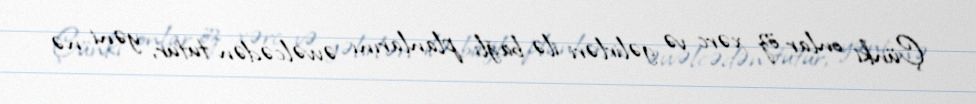
Çünki onlar öz xərc və gəlirləri ilə bağlı planlarını əvvəlcədən tutur, yəni nə